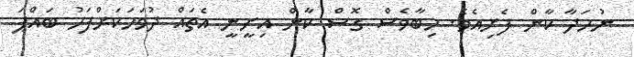
ނުހަދާ ކާން ފެށިއެވެ. ހިބާވެސް ގޮސް ކާން އިށީނީ އެތައް ދުވަހަކަށްފަހު ބައްޕަ